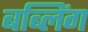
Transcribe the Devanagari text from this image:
बब्लिंग